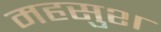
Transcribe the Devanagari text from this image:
महसुश